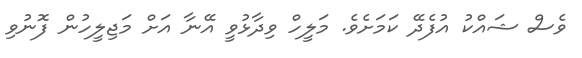
ވެސް ޝައްކު އުފެދޭ ކަމަށެވެ. މަލީހް ވިދާޅުވީ އޭނާ އަށް މަޖިލީހުން ފޮނުވި